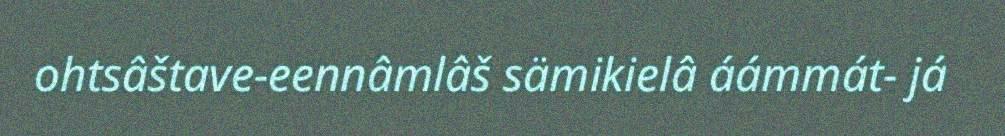
ohtsâštave-eennâmlâš sämikielâ áámmát- já